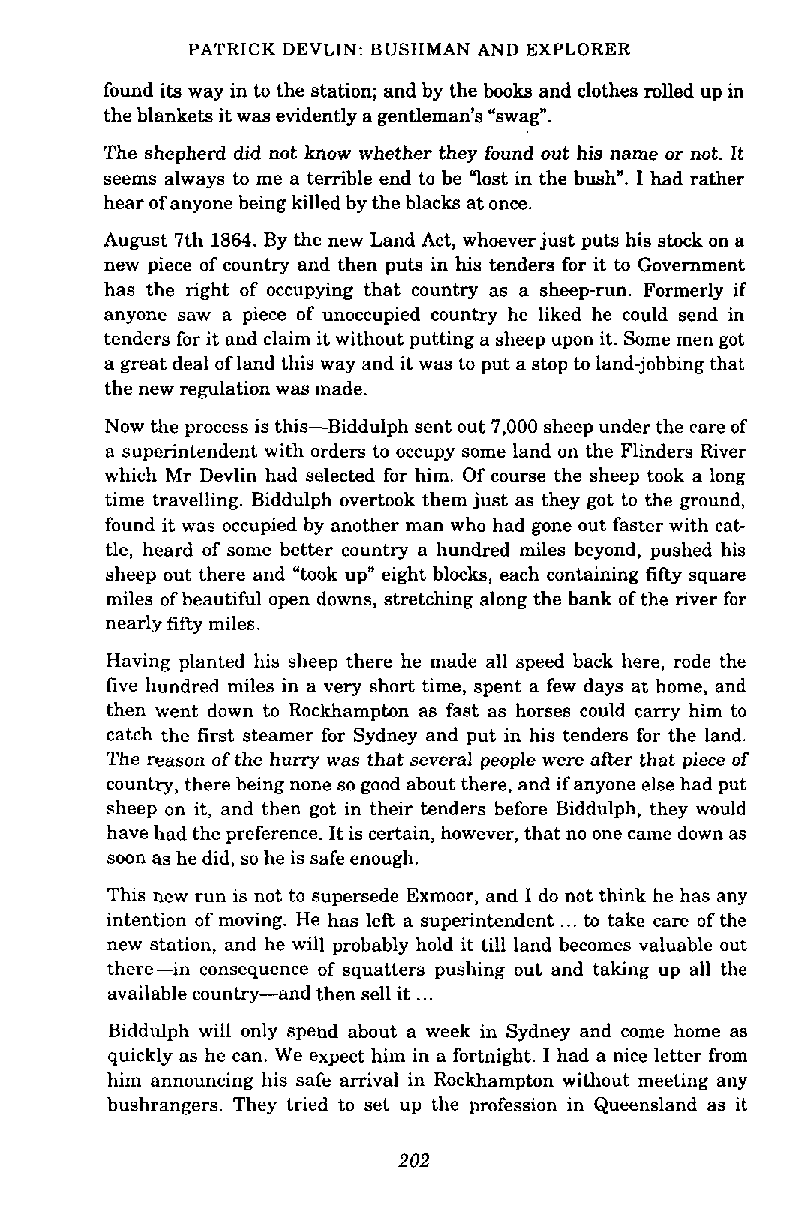
PATRICK DEVLIN: BUSHMAN AND EXPLORER
 found its way in to the station; and by the books and clothes rolled up in
 the blankets it was evidently a gentleman's %wag".
 The shepherd did not know whether they found out his name or not. It
 seems always to me a temble end to be "lost in the bush". I had rather
 hear of anyone being killed by the blacks at once.
 August 7th 1864. By the new Land Act, whoever just puts his stock on a
 new piece of country and then puts in his tenders for it to Government
 has the right of occupying that country as a sheep-run. Formerly if
 anyone saw a piece of unoccupied country he liked he could send in
 tenders for it and claim it without putting a sheep upon it. Some men got
 a great deal of land this way and it was to put a stop to land-jobbing that
 the new regulation was made.
 Now the process is this-Biddulph sent out 7,000 sheep under the care of
 a superintendent with orders to occupy some land on the Flinders River
 which Mr Devlin had selected for him. Of course the sheep took a long
 time travelling. Biddulph overtook them just as they got to the ground,
 found it was occupied by another man who had gone out faster with cat-
 tle, heard of some better country a hundred miles beyond, pushed his
 sheep out there and "took up" eight blocks, each containing fifty square
 miles of beautiful open downs, stretching along the bank of the river for
 nearly fifty miles.
 Having planted his sheep there he made all speed back here, rode the
 five hundred miles in a very short time, spent a few days at home, and
 then went down to Rockhampton as fast as horses could carry him to
 catch the first steamer for Sydney and put in his tenders for the land.
 The reason of the hurry was that several people were after that piece of
 country, there being none so good about there, and if anyone else had put
 sheep on it, and then got in their tenders before Biddulph, they would
 have had the preference. It is certain, however, that no one came down as
 soon as he did, so he is safe enough.
 This new run is not to supersede Exmoor, and I do not think he has any
 intention of moving. He has left a superintendent ... to take care of the
 new station, and be will probably hold it till land becomes valuable out
 t h e r ~ i nco nsequence of squatters pushing out and taking up all the
 available country-and then sell it ...
 Biddulph will only spend about a week in Sydney and come home as
 quickly as he can. We expect him in a fortnight. I had a nice letter from
 him announcing his safe arrival in Rockhampton without meeting any
 bushrangers. They tried to set up the profession in Queensland as it